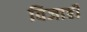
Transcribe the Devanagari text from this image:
विजार्डी